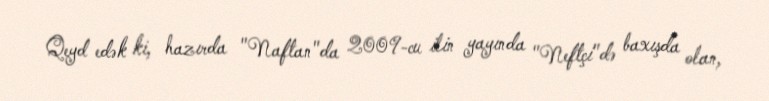
Qeyd edək ki, hazırda "Naftan"da 2009-cu ilin yayında "Neftçi"də baxışda olan,